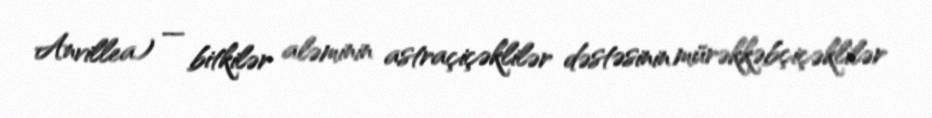
Anvillea) — bitkilər aləminin astraçiçəklilər dəstəsinin mürəkkəbçiçəklilər